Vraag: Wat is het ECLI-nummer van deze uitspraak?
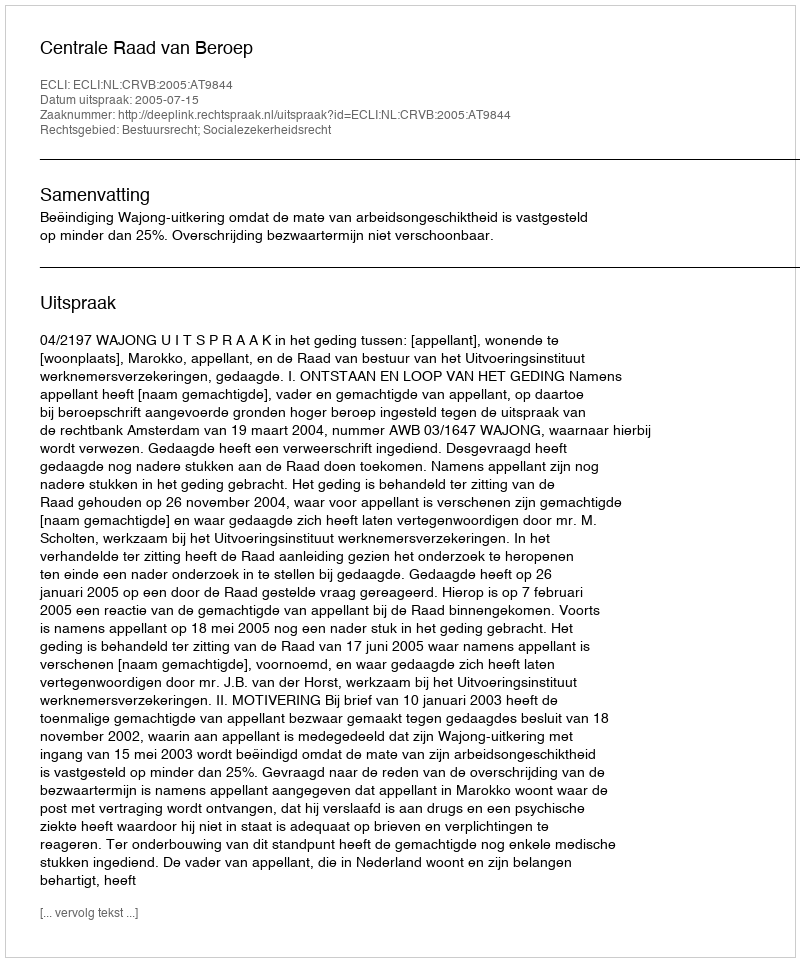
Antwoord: ECLI:NL:CRVB:2005:AT9844